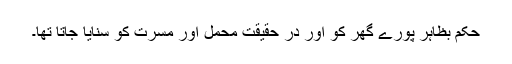
حکم بظاہر پورے گھر کو اور در حقیقت محمل اور مسرت کو سنایا جاتا تھا۔